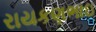
રાયકણભાઇ